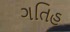
ગતિહ